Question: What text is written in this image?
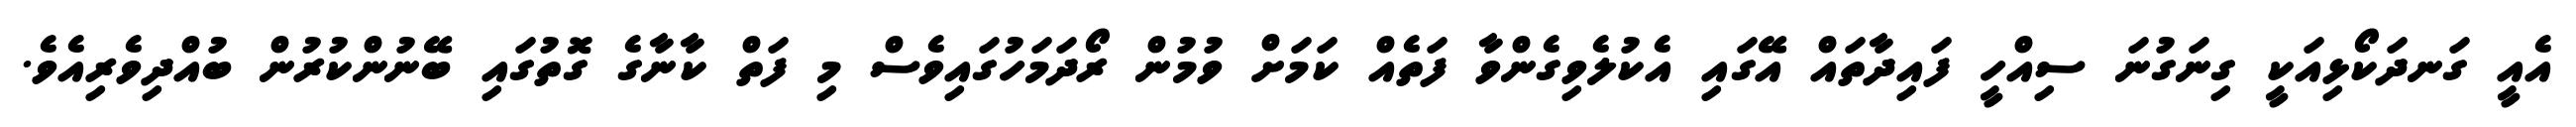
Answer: އެއީ ގަނދަކޯޅިއަކީ ގިނަގުނަ ސިއްހީ ފައިދާތައް އޭގައި އެކުލެވިގެންވާ ފަތެއް ކަމަށް ވުމުން ރޯދަމަހުގައިވެސް މި ފަތް ކާނާގެ ގޮތުގައި ބޭނުންކުރުން ބުއްދިވެރިއެވެ.